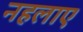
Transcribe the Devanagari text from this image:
नहलाए